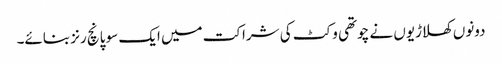
دونوں کھلاڑیوں نے چوتھی وکٹ کی شراکت میں ایک سو پانچ رنز بنائے۔